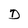
Character: D